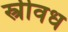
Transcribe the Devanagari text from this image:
स्त्रीवध